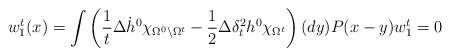
LaTeX: \begin{align*} w^t_1(x) = \int \left(\frac 1 t \Delta \dot h^0 \chi_{\Omega^0\setminus \Omega^t} - \frac{1}{2} \Delta \delta^2_t h^0\chi_{\Omega^t} \right)(dy) P(x-y) w^t_1=0 \ \end{align*}